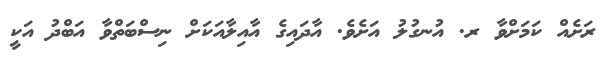
ރަށެއް ކަމަށްވާ ރ. އުނގުލު އަށެވެ. އާދައިގެ އާއިލާއަކަށް ނިސްބަތްވާ އަބްދު އަކީ